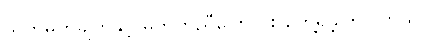
သတ်မှတ်ချက်နှင့် မကိုက်ညီကြောင်း တွေ့ရှိခဲ့ကြပါတယ်။